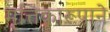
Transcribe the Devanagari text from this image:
मृत्तिकारूपाने